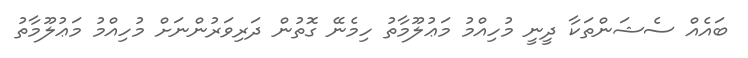
ބައެއް ސެޝަންތަކާ ދީނީ މުހިއްމު މަޢުލޫމާތު ހިމެނޭ ގޮތުން ދަރިވަރުންނަށް މުހިއްމު މަޢުލޫމާތު